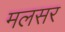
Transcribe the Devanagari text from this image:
मलसर